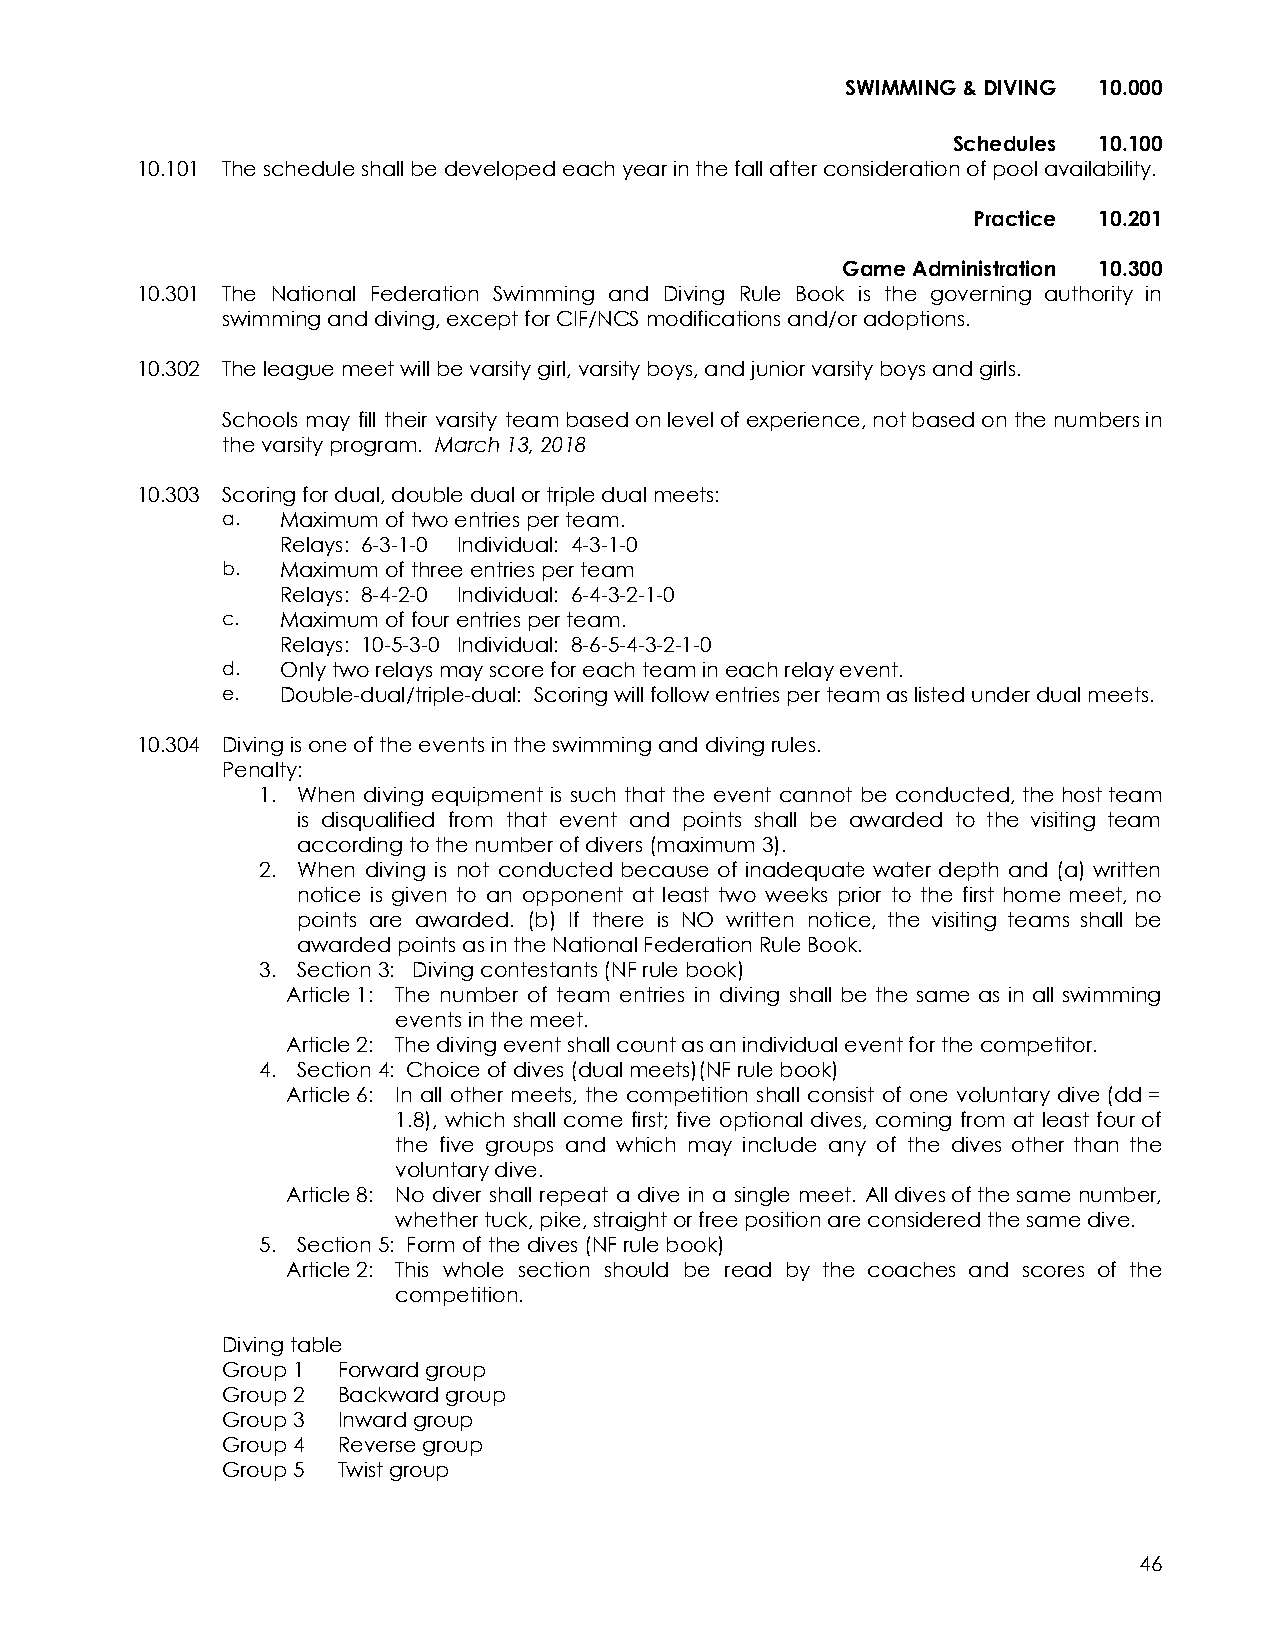
SWIMMING & DIVING 10.000
 Schedules 10.100
 10.101 The schedule shall be developed each year in the fall after consideration of pool availability.
 Practice 10.201
 Game Administration 10.300
 10.301 The National Federation Swimming and Diving Rule Book is the governing authority in
 swimming and diving, except for CIF/NCS modifications and/or adoptions.
 10.302 The league meet will be varsity girl, varsity boys, and junior varsity boys and girls.
 Schools may fill their varsity teambasedonlevelofexperience,notbasedonthenumbersin
 the varsity program. March 13, 2018
 10.303 Scoring for dual, double dual or triple dual meets:
 a.  Maximum of two entries per team.
 Relays: 6-3-1-0 Individual: 4-3-1-0
 b.  Maximum of three entries per team
 Relays: 8-4-2-0 Individual: 6-4-3-2-1-0
 c.  Maximum of four entries per team.
 Relays: 10-5-3-0 Individual: 8-6-5-4-3-2-1-0
 d.  Only two relays may score for each team in each relay event.
 e.  Double-dual/triple-dual: Scoring will follow entries per team as listed under dual meets.
 10.304 Diving is one of the events in the swimming and diving rules.
 Penalty:
 1. When diving equipment is such that the event cannot be conducted,thehostteam
 is disqualified from that event and points shall be awarded to the visiting team
 according to the number of divers (maximum 3).
 2. When diving is not conducted because of inadequate water depth and (a) written
 notice is given to an opponent at least two weeks prior to the first home meet, no
 points are awarded. (b) If there is NO written notice, the visiting teams shall be
 awarded points as in the National Federation Rule Book.
 3. Section 3: Diving contestants (NF rule book)
 Article 1: The number of team entries in diving shall be the same as in all swimming
 events in the meet.
 Article 2: The diving event shall count as an individual event for the competitor.
 4. Section 4: Choice of dives (dual meets)(NF rule book)
 Article 6: In all other meets, the competition shall consist of one voluntary dive(dd=
 1.8), which shall come first; five optional dives, coming from at least fourof
 the five groups and which may include any of the dives other than the
 voluntary dive.
 Article 8: No diver shall repeat a dive in a single meet. Alldivesofthesamenumber,
 whether tuck, pike, straight or free position are considered the same dive.
 5. Section 5: Form of the dives (NF rule book)
 Article 2: This whole section should be read by the coaches and scores of the
 competition.
 Diving table
 Group 1 Forward group
 Group 2 Backward group
 Group 3 Inward group
 Group 4 Reverse group
 Group 5 Twist group
 46